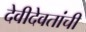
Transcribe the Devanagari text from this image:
देवीदेवतांची